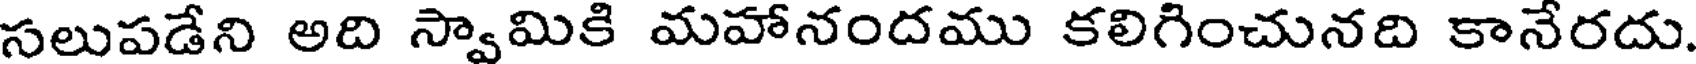
సలుపడేని అది స్వామికి మహానందము కలిగించునది కానేరదు.